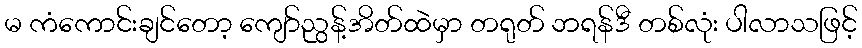
မ ကံကောင်းချင်တော့ ကျော်ညွန့်အိတ်ထဲမှာ တရုတ် ဘရန်ဒီ တစ်လုံး ပါလာသဖြင့်